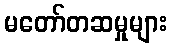
မတော်တဆမှုများ